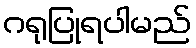
ဂရုပြုရပါမည်